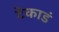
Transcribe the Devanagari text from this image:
टेकाडं